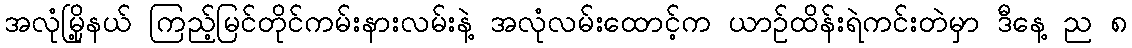
အလုံမြို့နယ် ကြည့်မြင်တိုင်ကမ်းနားလမ်းနဲ့ အလုံလမ်းထောင့်က ယာဥ်ထိန်းရဲကင်းတဲမှာ ဒီနေ့ ည ၈